Report on the administration of the Government Cinchona Department 1892-98
Year: 1892
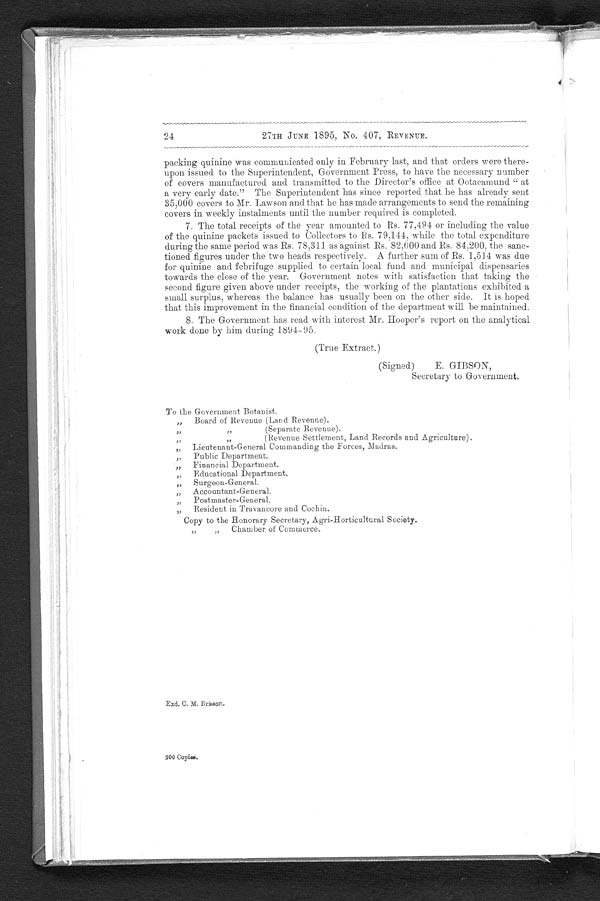
24
27TH JUNE 1895, No. 407, REVENUE.
packing quinine was communicated only in February last, and that orders were there-
upon issued to the Superintendent, Government Press, to have the necessary number
of covers manufactured and transmitted to the Director's office at Ootacamund "
a very early date." The Superintendent has since reported that he has already sent
35,000 covers to Mr. Lawson and that he has made arrangements to send the remaining
covers in weekly instalments until the number required is completed.
7. The total receipts of the year amounted to Rs. 77,494 or including the value
of the quinine packets issued to to Rs. 79,144, while the total expenditure
during the same period was Rs. 78,311 as against Rs. 82,000 and Rs. 84,200, the sanc-
tioned figures under the two heads respectively. A further sum of Rs. 1,514 was due
for quinine and febrifuge supplied to certain local fund and municipal dispensaries
towards the close of the year. Government notes with satisfaction that taking the
second figure given above under receipts, the working of the plantations exhibited a
small surplus, whereas the balance has usually been on the other side. It is hoped
that this improvement in the financial condition of the department will be maintained.
8. The Government has read with interest Mr. Hooper's report on the analytical
work done by him during 1894-05.
(True Extract.)
(Signed)
E. GIBSON,
Secretary to Government.
To the Government Botanist.
" Board of Revenue (Land Revenue).
" " ( S e p a r a t e R e v e n u e ) .
" " ( R e v e n u e S e t t l e m e n t , L a n d R e c o r d s a n d A g r i c u l t u r e ) ,
" Lieutenant-General Commanding the Forces, Madras.
" Public Department.
" Fi na nc i a l De pa r t me nt .
" Educational Department.
" S u r g e o n - G e n e r a l .
" A c c o u n t a n t - Ge n e r a l .
" P o s t ma s t e r - Ge n e r a l .
" Resident in Travancore and Cochin.
Copy to the Honorary Secretary, Agri-Horticultural Society
.
" " C h a m b e r o f C o m m e r c e .
Ezd. C. M. Brisson,
200 Copies.